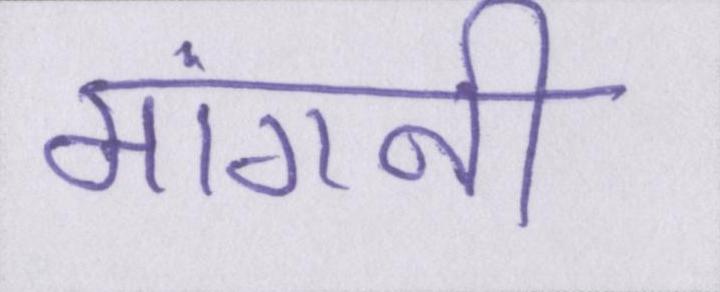
मांगनी